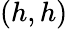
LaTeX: (h,h)